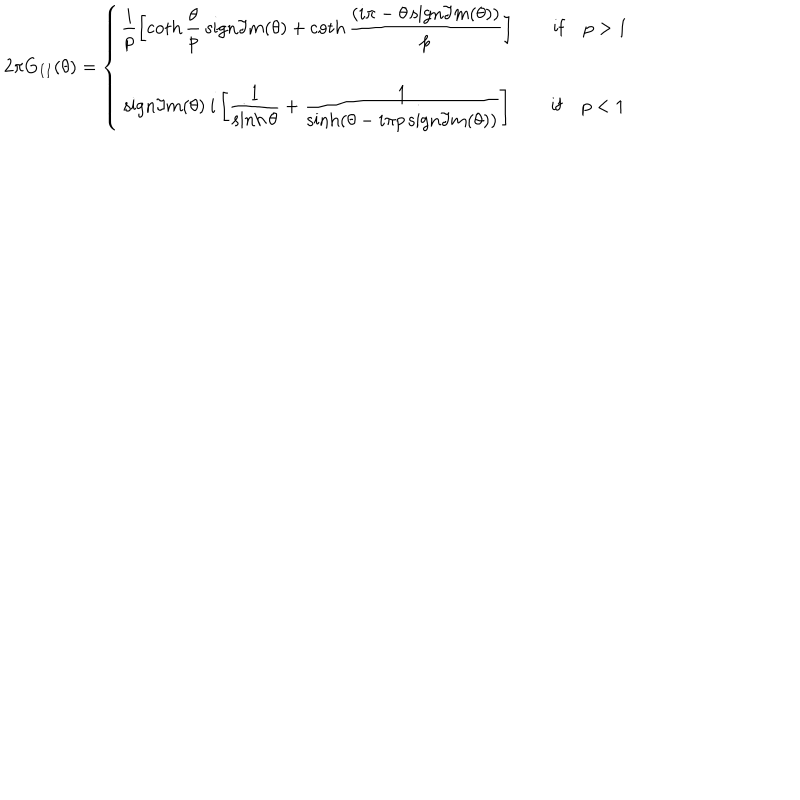
LaTeX: 2 \pi G _ { I I } ( \theta ) = \left\{ \begin{array} { c } { { \displaystyle \displaystyle \frac { i } { p } \left[ \coth \displaystyle \frac { \theta } { p } \: \mathrm { s i g n } \Im m ( \theta ) + \coth \displaystyle \frac { ( i \pi - \theta \, \mathrm { s i g n } \Im m ( \theta ) ) } { p } \right] \qquad \mathrm { i f } \quad p > 1 } } \\ { { \mathrm { s i g n } \Im m ( \theta ) \: i \left[ \displaystyle \frac { 1 } { \sinh \theta } + \displaystyle \frac { 1 } { \sinh ( \theta - i \pi p \, \mathrm { s i g n } \Im m ( \theta ) ) } \right] \qquad \mathrm { i f } \quad p < 1 } } \\ \end{array} \right.